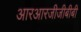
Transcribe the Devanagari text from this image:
आरआरजीजीबीबी